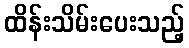
ထိန်းသိမ်းပေးသည့်